kultuurilooline_kollektsioon, lk 23
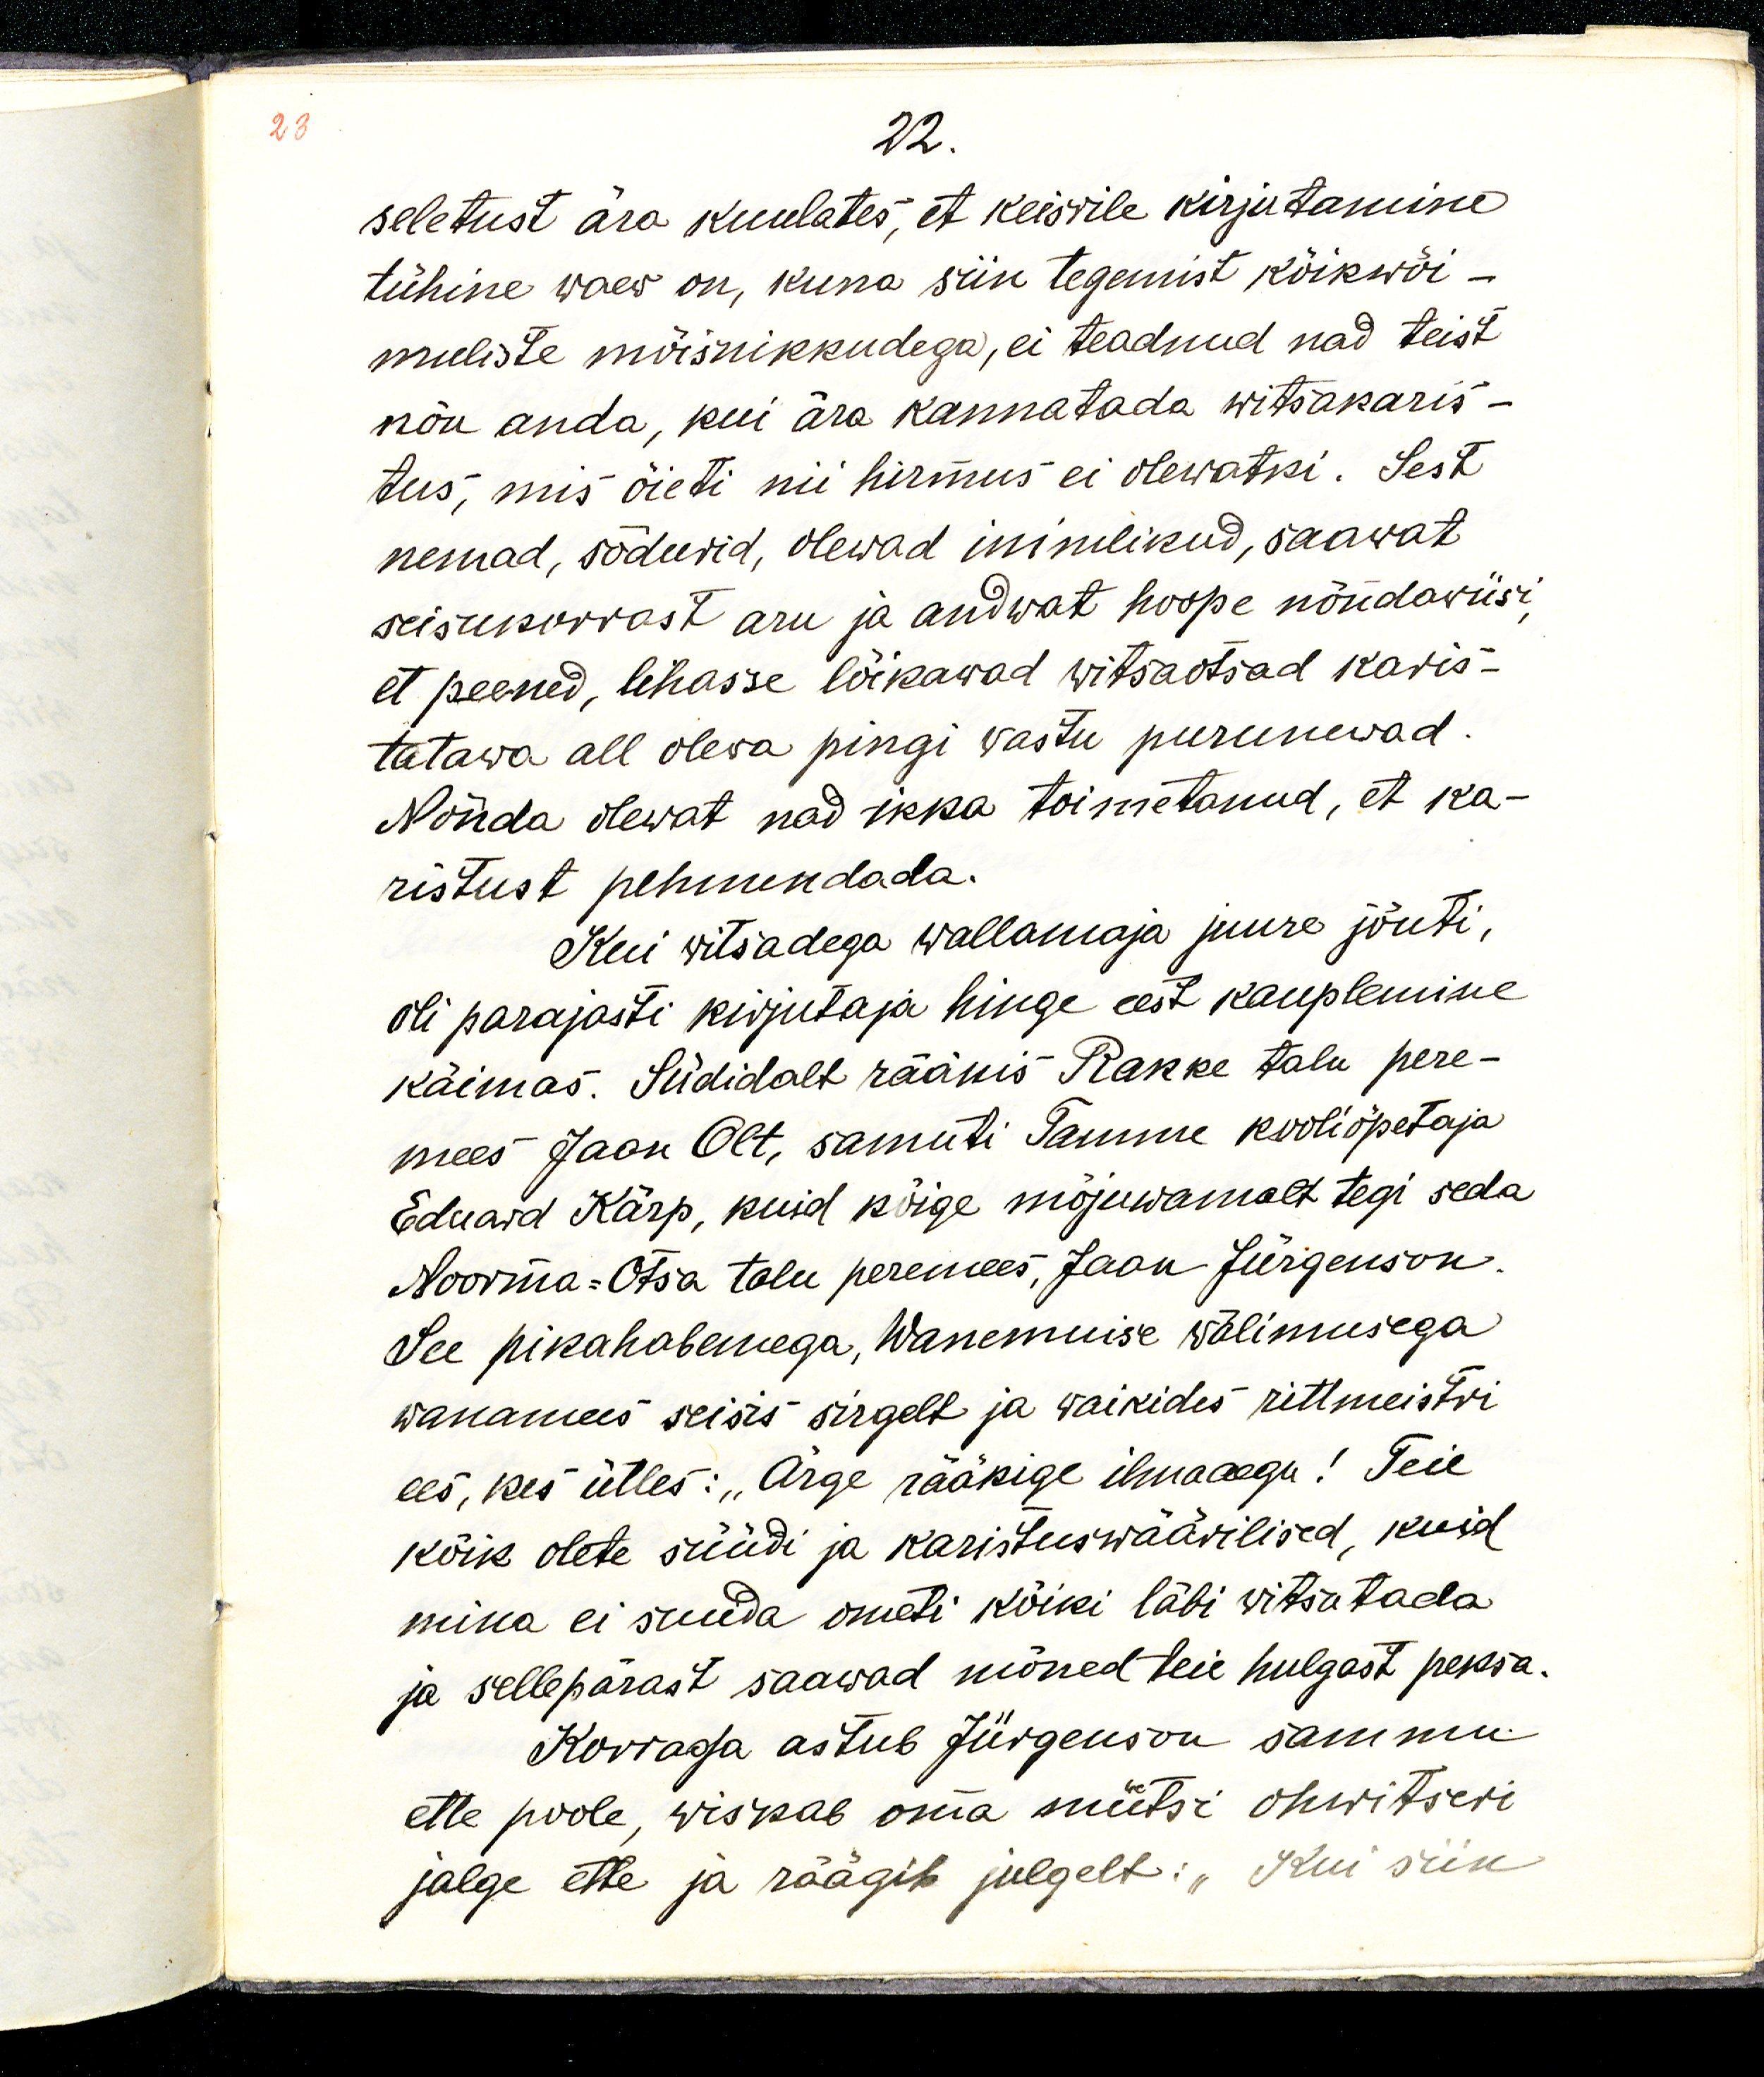
23

22.
seletust ära kuulates, et keisrile kirjutamine
tühine waew on, kuna siin tegemist kõikwõi-
muliste mõisnikkudega, ei teadnud nad teist
nõu anda, kui ära kannatada witsakaris-
tus, mis õieti nii hirmus ei olewatki. Sest
nemad, sõdurid, olewad inimlikud, saawat
seisukorrast aru ja andwat hoope nõndawiisi,
et peened, lihasse lõikawad witsaotsad karis-
tatawa all olewa pingi wastu purunewad.
Nõnda olewat nad ikka toimetanud, et ka-
ristust pehmendada.
Kui witsadega wallamaja juure jõuti, 
oli parajasti kirjutaja hinge eest kauplemine
käimas. Südidalt rääkis Rakke talu pere-
mees Jaan Olt, samuti Tamme kooliõpetaja
Eduard Kärp, kuid kõige mõjuwamalt tegi seda
Noorma-Otsa talu peremees, Jaan Jürgenson.
See pikahabemega, Wanemuise wälimusega
wanamees seisis sirgelt ja waikides rittmeistri
ees, kes ütles: „Ärge rääkige ilmaaegu! Teie
kõik olete süüdi ja karistuswäärilised, kuid
mina ei suuda ometi kõiki läbi witsatada
ja sellepärast saawad mõned teie hulgast peksa.
Korraga astub Jürgenson sammu
ette poole, wiskab oma mütsi ohwitseri
jalge ette ja räägib julgelt: „Kui siin